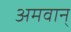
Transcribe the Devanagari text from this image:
अमवान्